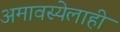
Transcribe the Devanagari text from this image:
अमावस्येलाही